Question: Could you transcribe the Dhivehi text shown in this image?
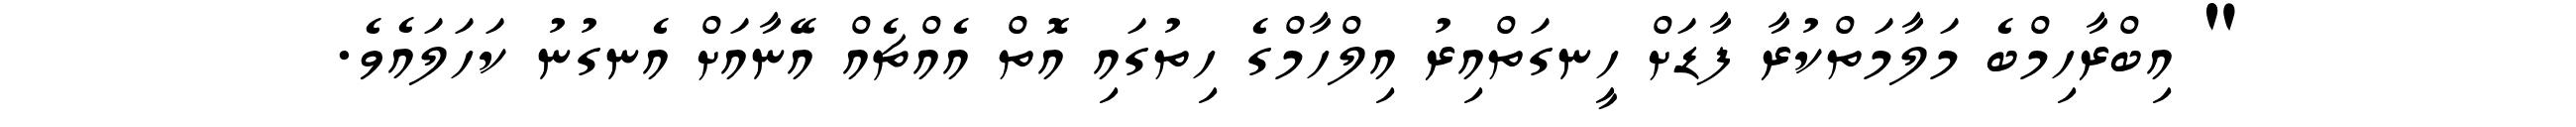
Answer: " އިބްރާހިމްބެ މަލާމަތްކުރާ ފާޑަށް ހީނގަތްއިރު އިލްހާމްގެ ހިތުގައި އޮތް އެއްޗެއް އޭނާއަށް އެނގުނު ކަހަލައެވެ.